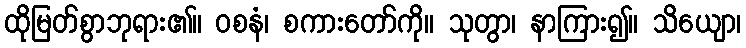
ထိုမြတ်စွာဘုရား၏။ ဝစနံ၊ စကားတော်ကို။ သုတွာ၊ နာကြား၍။ သိယျော၊